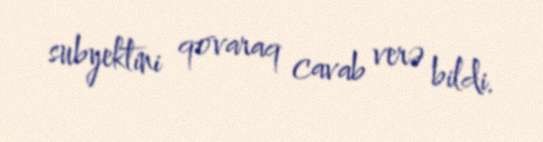
subyektini qovaraq cavab verə bildi.